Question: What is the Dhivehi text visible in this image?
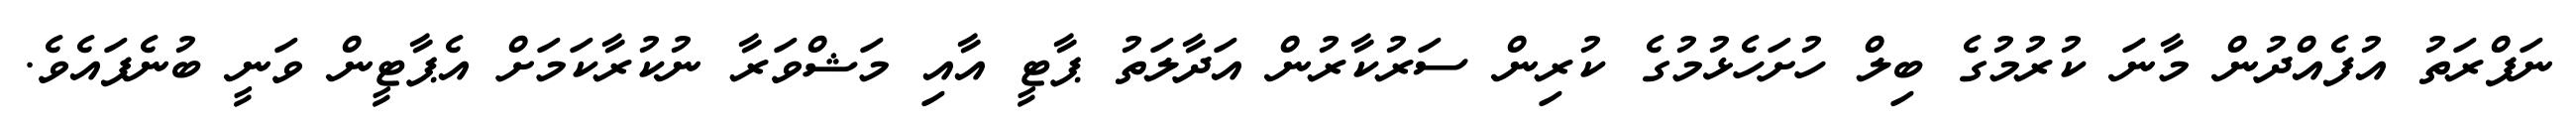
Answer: ނަފްރަތު އުފެއްދުން މާނަ ކުރުމުގެ ބިލް ހުށަހެޅުމުގެ ކުރިން ސަރުކާރުން އަދާލަތު ޕާޓީ އާއި މަޝްވަރާ ނުކުރާކަމަށް އެޕާޓީން ވަނީ ބުނެފައެވެ.